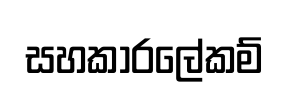
සහකාරලේකම්